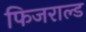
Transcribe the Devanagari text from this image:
फिजराल्ड